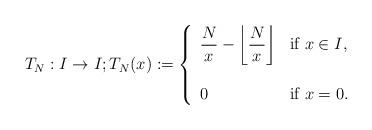
LaTeX: \begin{align*}T_N:I \to I; T_{N}(x):=\left\{\begin{array}{ll}{\displaystyle \frac{N}{x}- \left\lfloor\frac{N}{x}\right\rfloor}&{ \mbox{if } x \in I,}\\\\0& \mbox{if }x=0.\end{array}\right. \end{align*}